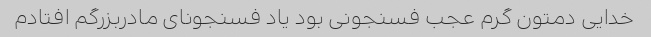
خدایی دمتون گرم عجب فسنجونی بود یاد فسنجونای مادربزرگم افتادم